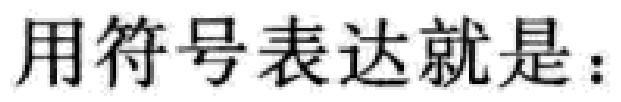
用符号表达就是：